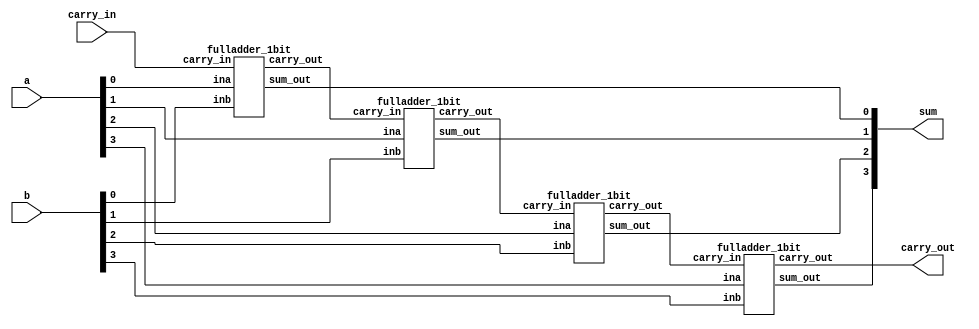
module fulladder_4bit(sum, carry_out, carry_in, a, b);
	input [3:0] a, b;
	input carry_in;
	output [3:0] sum;
	output carry_out;
	
	
	fulladder_1bit fa0(sum[0], c0, carry_in, a[0], b[0]);
	fulladder_1bit fa1(sum[1], c1, c0, a[1], b[1]);
	fulladder_1bit fa2(sum[2], c2, c1, a[2], b[2]);
	fulladder_1bit fa3(sum[3], carry_out, c2, a[3], b[3]);

endmodule

module fulladder_1bit(sum_out, carry_out, carry_in, ina, inb);
	input ina, inb;
	input carry_in;
	output sum_out;
	output carry_out;
	
	assign {carry_out, sum_out} = ina + inb + carry_in;
	
endmodule